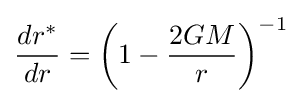
{\frac {dr^{*}}{dr}}=\left(1-{\frac {2GM}{r}}\right)^{-1}